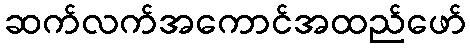
ဆက်လက်အကောင်အထည်ဖော်